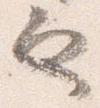
也